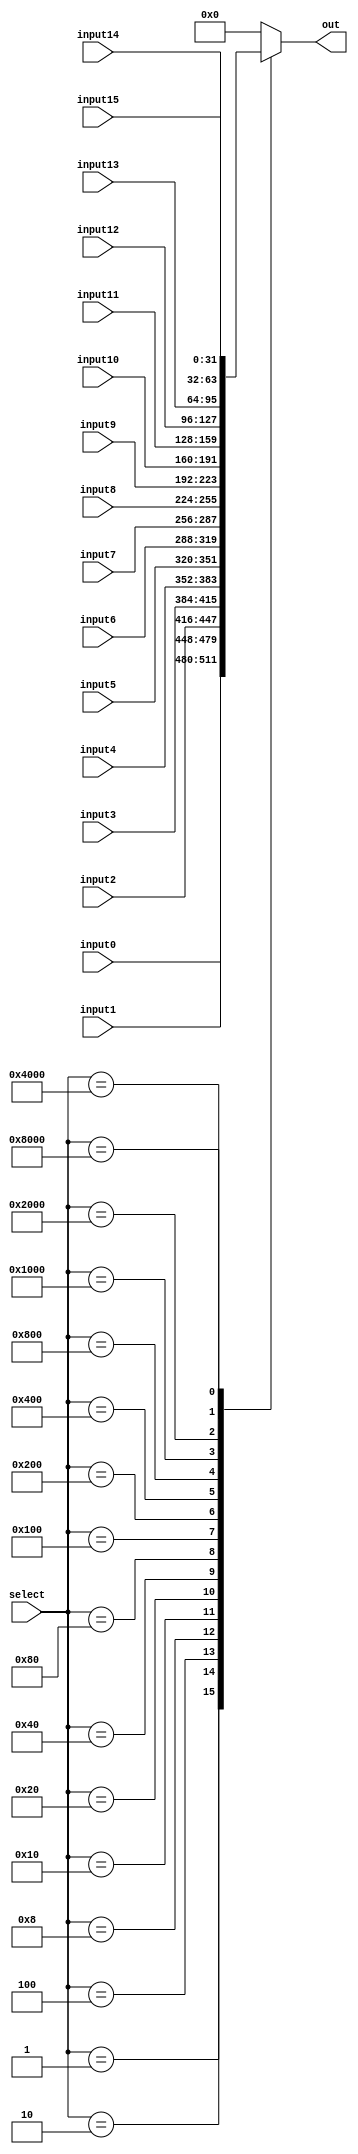
//Title       : 
//Description : This is a configurable mux. Number of inputs to be muxed can be set 
//              1, 2, 4, 8, 16. width of each inputs can be configured to any number
//              This mux is used to Multiplex transaction attributes from slave 
//              interfaces, responses to slave interfaces, HRDATA and HWDATA
//Notes       : 
//----------------------------------------------------------------------
//   Copyright 1999-2010 Cadence Design Systems, Inc.
//   All Rights Reserved Worldwide
//
//   Licensed under the Apache License, Version 2.0 (the
//   "License"); you may not use this file except in
//   compliance with the License.  You may obtain a copy of
//   the License at
//
//       http://www.apache.org/licenses/LICENSE-2.0
//
//   Unless required by applicable law or agreed to in
//   writing, software distributed under the License is
//   distributed on an "AS IS" BASIS, WITHOUT WARRANTIES OR
//   CONDITIONS OF ANY KIND, either express or implied.  See
//   the License for the specific language governing
//   permissions and limitations under the License.
//----------------------------------------------------------------------


module config_mux (

   // input ports
   input0,
   input1,
   input2,
   input3,
   input4,
   input5,
   input6,
   input7,
   input8,
   input9,
   input10,
   input11,
   input12,
   input13,
   input14,
   input15,
   select,

   // output ports
   out

);

parameter MUX_SIZE = 16;
parameter MUX_INPUT_SIZE = 32;


input [MUX_INPUT_SIZE - 1 : 0]  input0;
input [MUX_INPUT_SIZE - 1 : 0]  input1;
input [MUX_INPUT_SIZE - 1 : 0]  input2;
input [MUX_INPUT_SIZE - 1 : 0]  input3;
input [MUX_INPUT_SIZE - 1 : 0]  input4;
input [MUX_INPUT_SIZE - 1 : 0]  input5;
input [MUX_INPUT_SIZE - 1 : 0]  input6;
input [MUX_INPUT_SIZE - 1 : 0]  input7;
input [MUX_INPUT_SIZE - 1 : 0]  input8;
input [MUX_INPUT_SIZE - 1 : 0]  input9;
input [MUX_INPUT_SIZE - 1 : 0]  input10;
input [MUX_INPUT_SIZE - 1 : 0]  input11;
input [MUX_INPUT_SIZE - 1 : 0]  input12;
input [MUX_INPUT_SIZE - 1 : 0]  input13;
input [MUX_INPUT_SIZE - 1 : 0]  input14;
input [MUX_INPUT_SIZE - 1 : 0]  input15;
input [MUX_SIZE - 1 : 0]  select;

output [MUX_INPUT_SIZE - 1 : 0] out;


reg [MUX_INPUT_SIZE - 1 : 0] out;



generate

 if (MUX_SIZE == 16) 
   // 16:1 mux
 
 always @*
   case (select)

    16'h0001 : out = input0;
    16'h0002 : out = input1;
    16'h0004 : out = input2;
    16'h0008 : out = input3;
    16'h0010 : out = input4;
    16'h0020 : out = input5;
    16'h0040 : out = input6;
    16'h0080 : out = input7;
    16'h0100 : out = input8;
    16'h0200 : out = input9;
    16'h0400 : out = input10;
    16'h0800 : out = input11;
    16'h1000 : out = input12;
    16'h2000 : out = input13;
    16'h4000 : out = input14;
    16'h8000 : out = input15;
    default  : out = {MUX_INPUT_SIZE{1'b0}};
  
   endcase

  else if (MUX_SIZE == 8)
   // 8:1 mux

 always @*
   case (select)

    8'h01 : out = input0;
    8'h02 : out = input1;
    8'h04 : out = input2;
    8'h08 : out = input3;
    8'h10 : out = input4;
    8'h20 : out = input5;
    8'h40 : out = input6;
    8'h80 : out = input7;
    default : out = {MUX_INPUT_SIZE{1'b0}};
  
   endcase



  else if (MUX_SIZE == 4)
   // 4:1 mux

 always @*
   case (select)

    4'h1 : out = input0;
    4'h2 : out = input1;
    4'h4 : out = input2;
    4'h8 : out = input3;
    default : out = {MUX_INPUT_SIZE{1'b0}};
  
   endcase

  else if (MUX_SIZE == 2)
   // 2:1 mux

 always @*
   case (select)

    2'h1 : out = input0;
    2'h2 : out = input1;
    default : out = {MUX_INPUT_SIZE{1'b0}};
  
   endcase

  else

 always @*
   out = input0;

endgenerate

endmodule